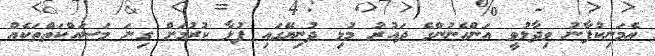
އެމަނިކުފާނު ވިދާޅުވީ އަންހެނުންގެ ދައުރު މުޅި ދުނިޔޭގައި ފުޅާ ކުރުމަށް ގިނަ މަސައްކަތްތަކެއް